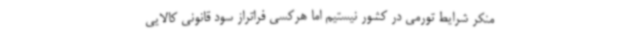
منکر شرایط تورمی در کشور نیستیم اما هرکسی فراتراز سود قانونی کالایی